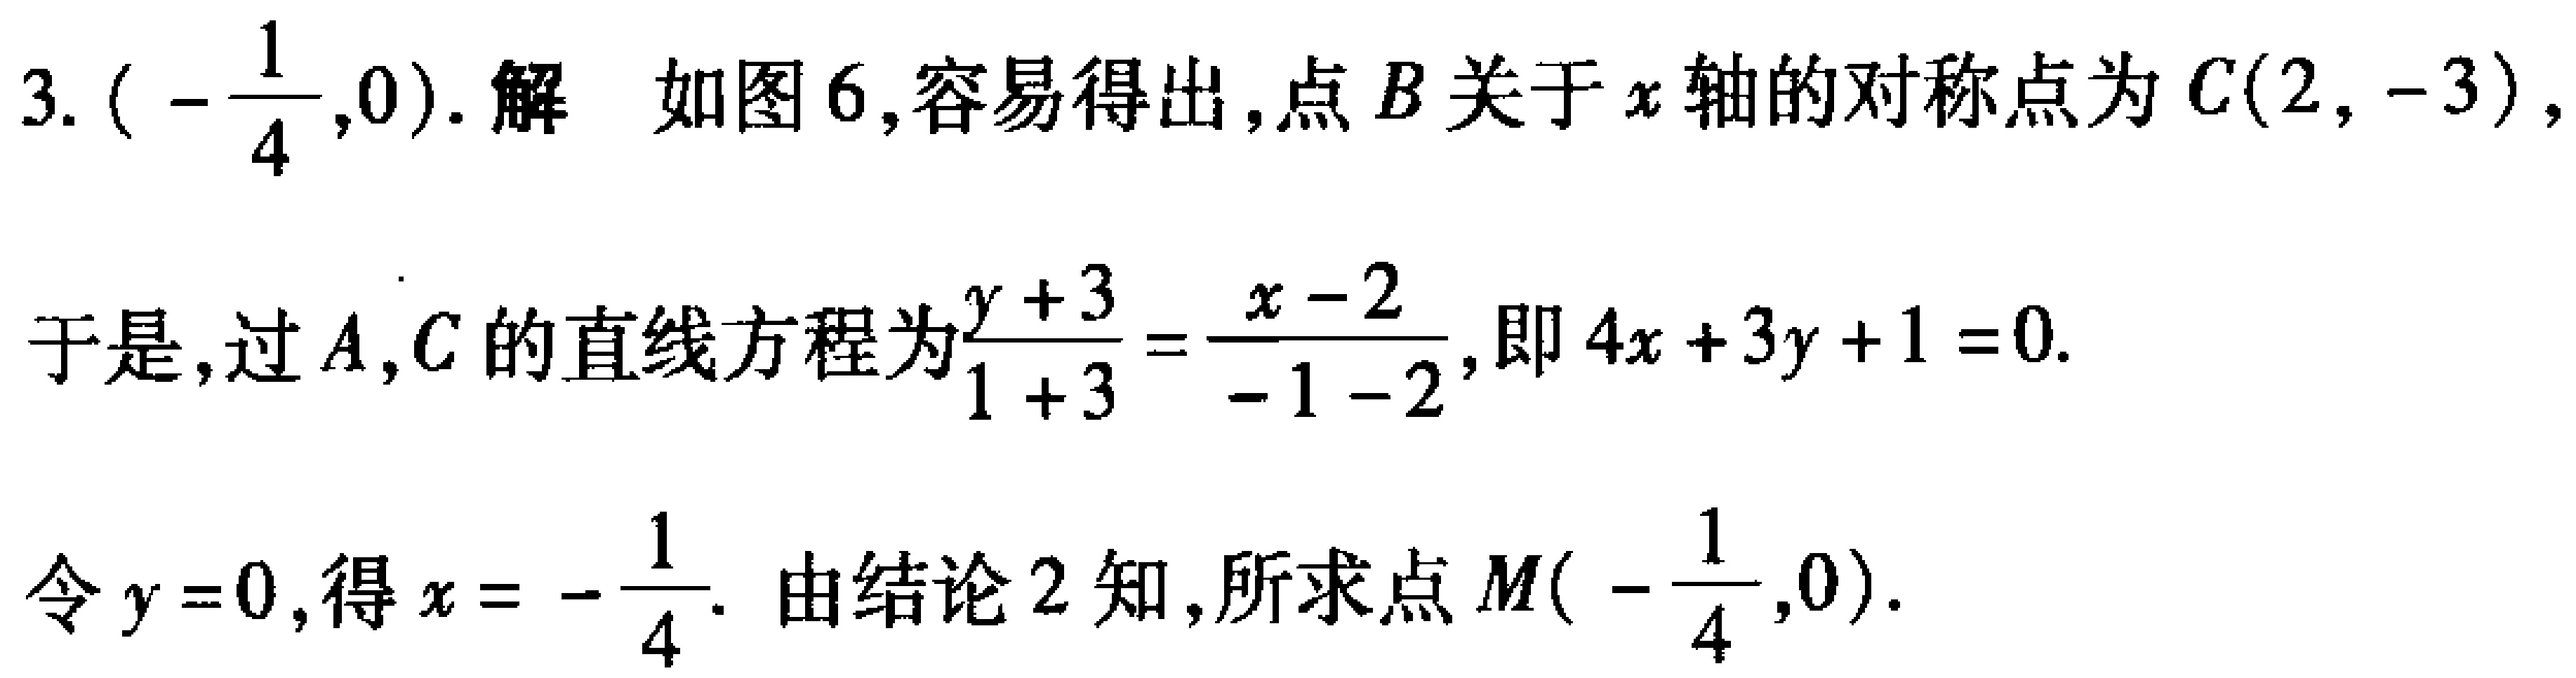
3. $\left(-\dfrac{1}{4},0\right)$. 解 如图6,容易得出,点$B$关于$x$轴的对称点为$C(2,-3)$,
于是,过$A,C$的直线方程为$\dfrac{y + 3}{1 + 3}=\dfrac{x - 2}{-1 - 2}$,即$4x + 3y + 1 = 0$.
令$y = 0$,得$x = -\dfrac{1}{4}$. 由结论2知,所求点$M\left(-\dfrac{1}{4},0\right)$.